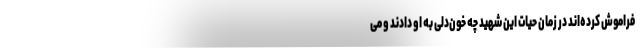
فراموش کرده‌اند در زمان حیات این شهید چه خون‌دلی به او دادند و می